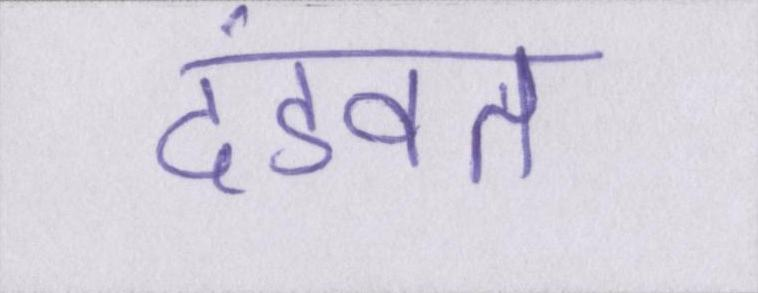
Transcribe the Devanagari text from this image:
दंडवत